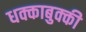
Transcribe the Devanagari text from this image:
धक्काबुक्की